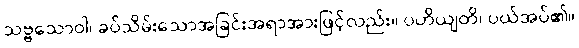
သဗ္ဗသောဝါ၊ ခပ်သိမ်းသောအခြင်းအရာအားဖြင့်လည်း။ ပဟိယျတိ၊ ပယ်အပ်၏။